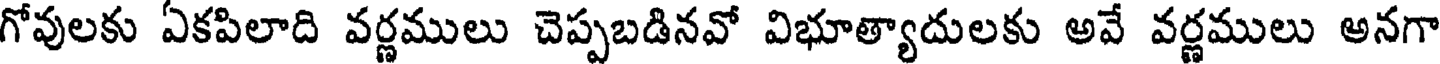
గోవులకు ఏకపిలాది వర్ణములు చెప్పబడినవో విభూత్యాదులకు అవే వర్ణములు అనగా